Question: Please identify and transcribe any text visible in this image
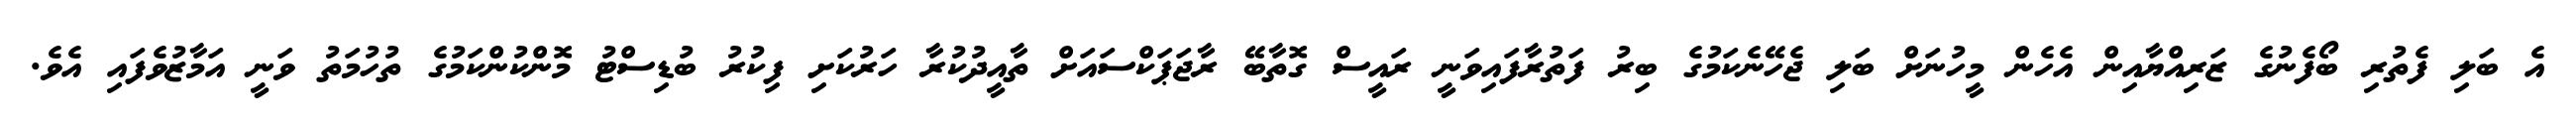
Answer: އެ ބަލި ފެތުރި ބޯފެނުގެ ޒަރިއްޔާއިން އެހެން މީހުނަށް ބަލި ޖެހޭނެކަމުގެ ބިރު ފަތުރާފައިވަނީ ރައީސް ގޮތާބޭ ރާޖަޕަކްސައަށް ތާއީދުކުރާ ހަރުކަށި ފިކުރު ބުޑިސްޓު މޮންކުންކަމުގެ ތުހުމަތު ވަނީ އަމާޒުވެފައި އެވެ.